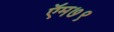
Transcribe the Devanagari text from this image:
ऍम७९